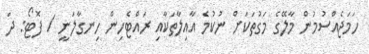
ހަމަޖެއްސުމުން މާލޭގެ މަގުތަކަށް ނުކުމެ އާއިލާތަކާއި ރައްޓެހިން ހިނގާލަނީ / ފޮޓޯ: ދަ